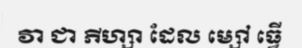
វា ជា ភីហ្សា ដែល ម្សៅ ធ្វើ